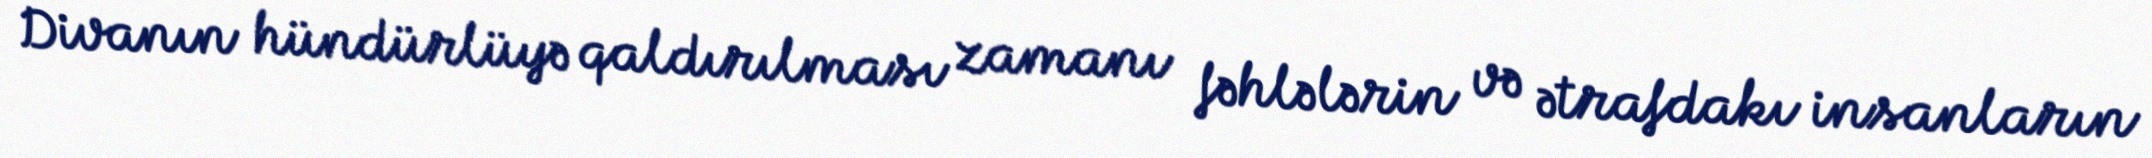
Divanın hündürlüyə qaldırılması zamanı fəhlələrin və ətrafdakı insanların